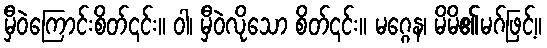
မှီဝဲကြောင်းစိတ်၎င်း။ ဝါ၊ မှီဝဲလိုသော စိတ်၎င်း။ မဂ္ဂေန၊ မိမိ၏မဂ်ဖြင့်။